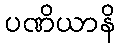
ပဏိယာနိ